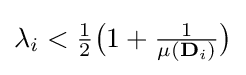
{\textstyle \lambda _{i}<{\frac {1}{2}}{\big (}1+{\frac {1}{\mu (\mathbf {D} _{i})}}{\big )}}